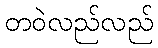
တဝဲလည်လည်